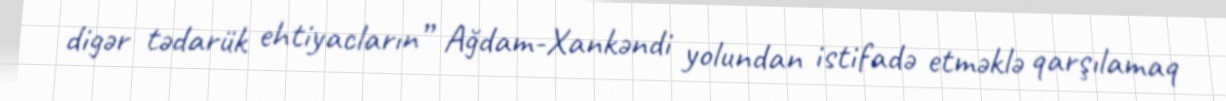
digər tədarük ehtiyacların” Ağdam-Xankəndi yolundan istifadə etməklə qarşılamaq